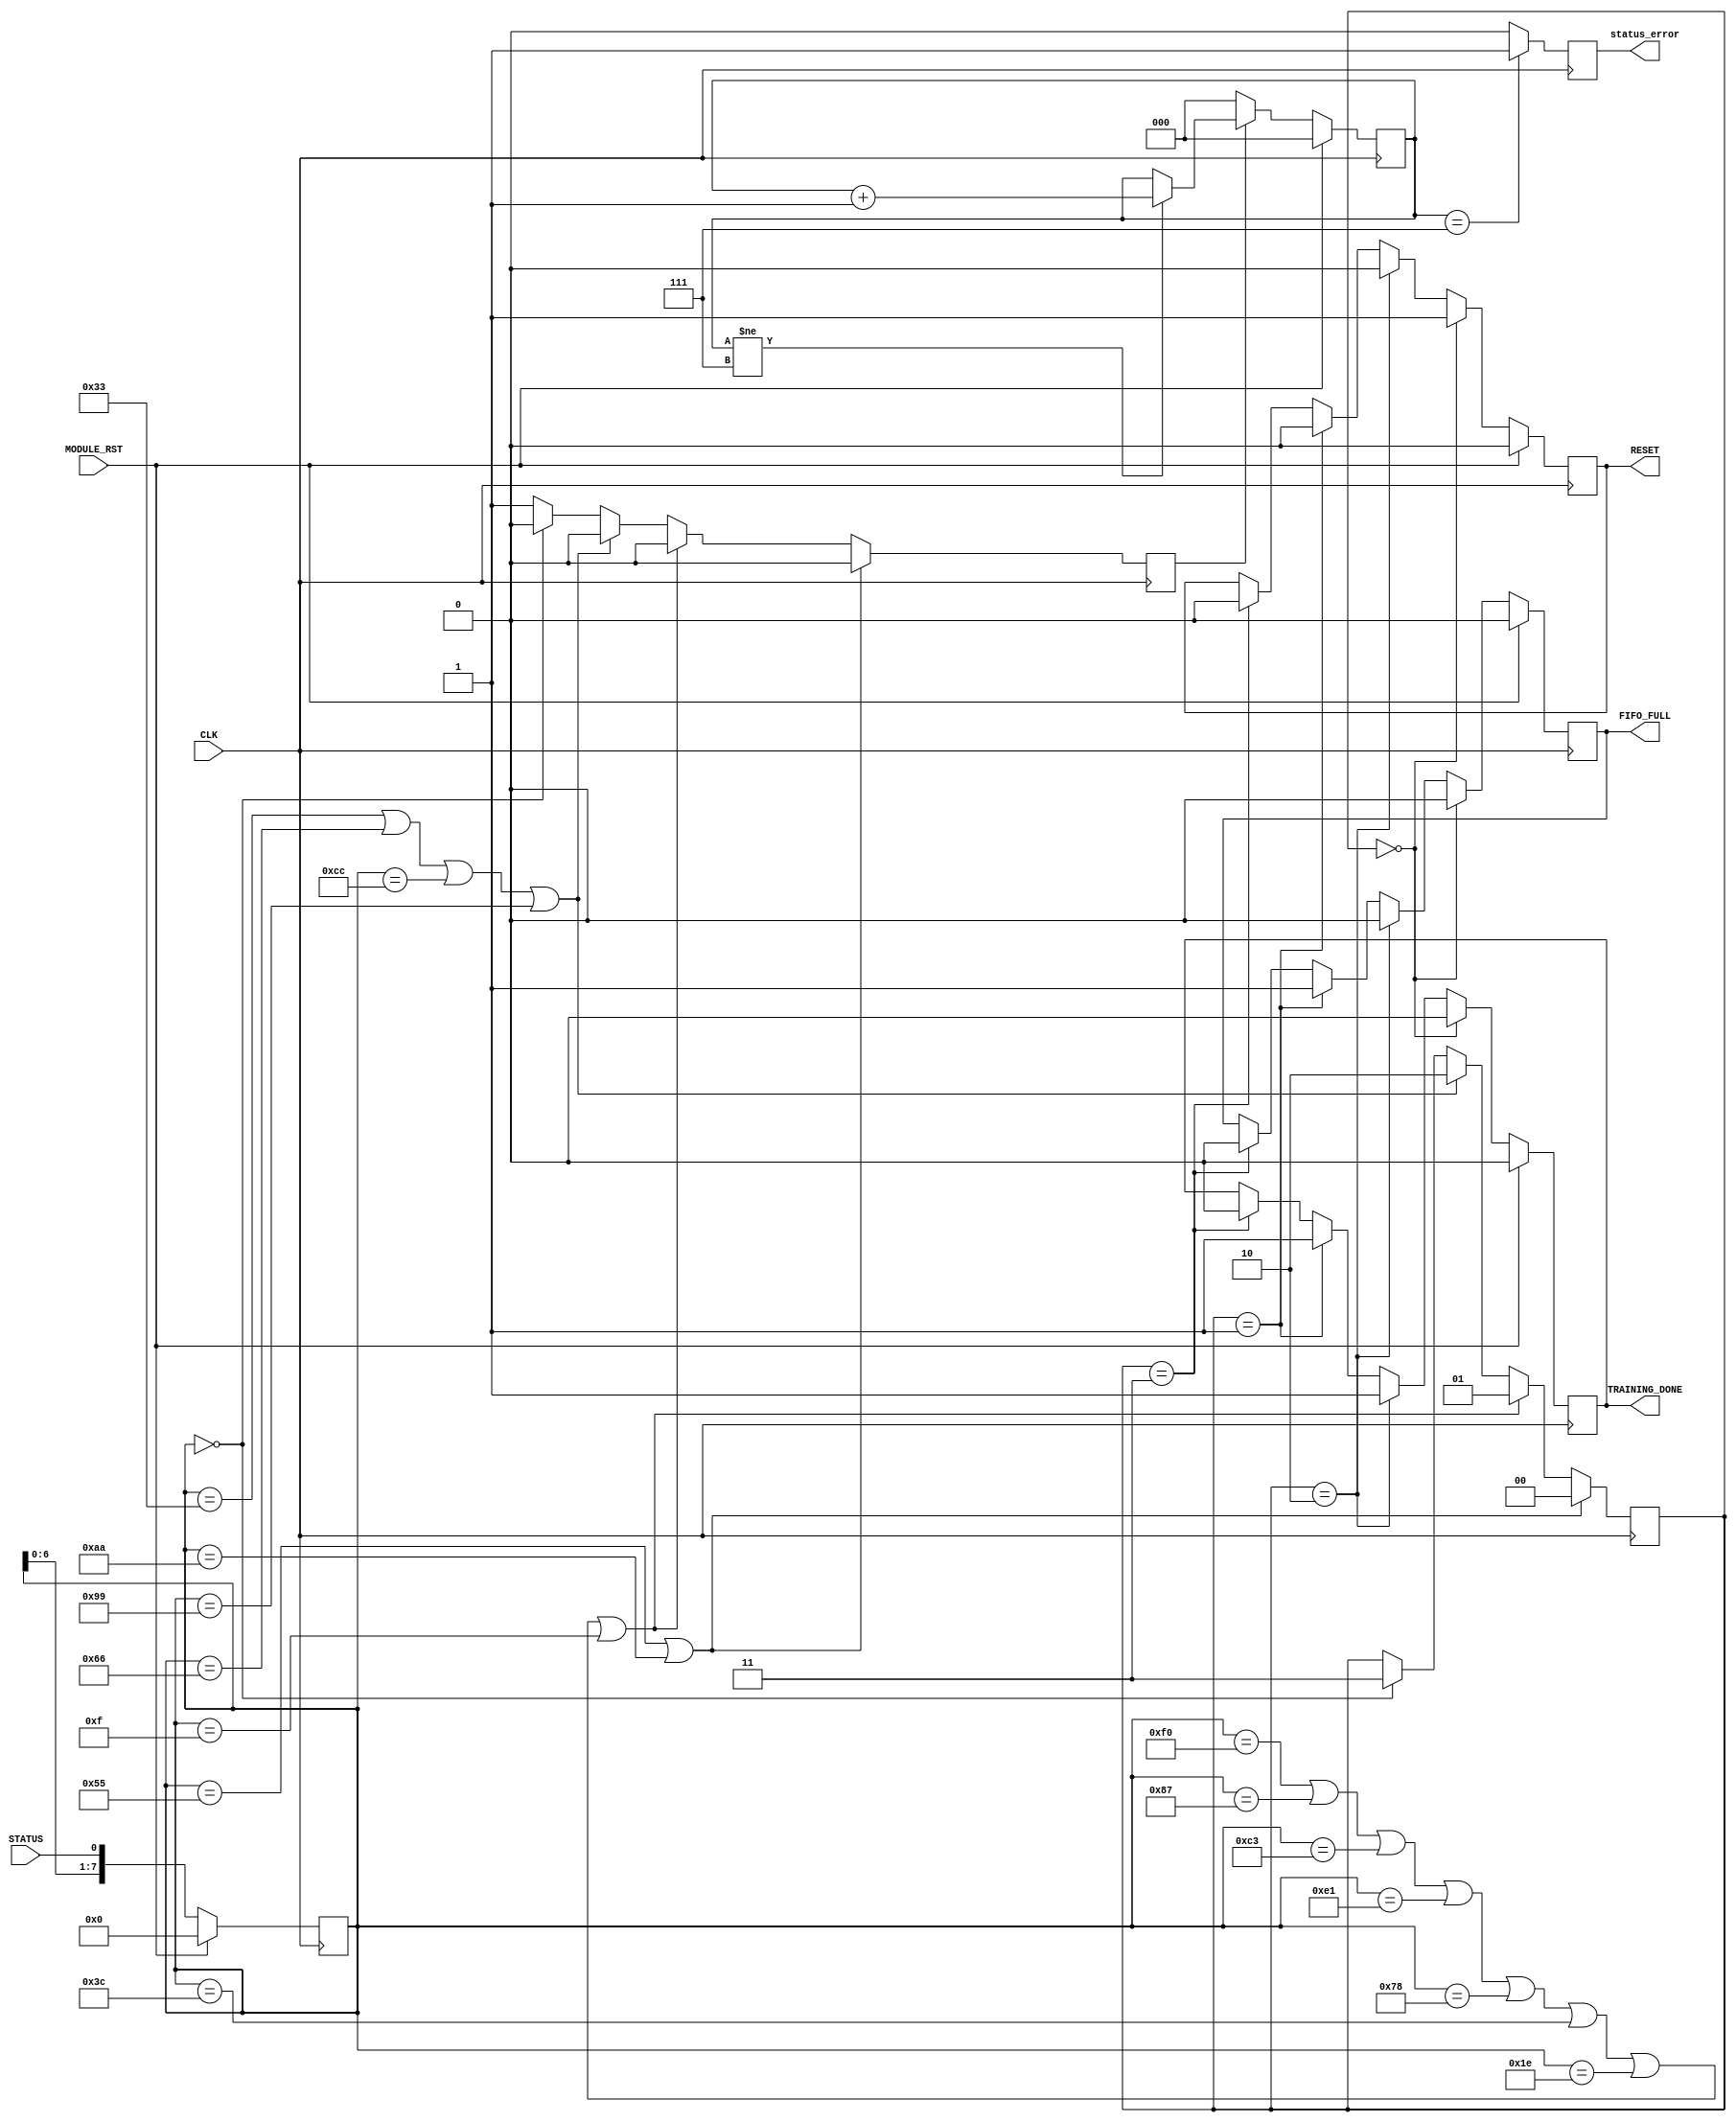
module RCB_FRL_STATUS_IN(	
	input CLK,
	input MODULE_RST,
	output reg		RESET,				
	output reg		FIFO_FULL,			
	output reg		TRAINING_DONE,		
	input STATUS,
	output reg		status_error		
							);
	reg			IDLE_RESET;
	reg			IDLE_FLAG;					
	reg			ambiguity;			
	reg [2:0]		error_cnt;
	reg	[7:0] shift_reg;
	parameter RST = 2'b00;
	parameter FULL = 2'b01;
	parameter DONE = 2'b10;
	parameter IDLE = 2'b11;
	reg	[1:0] INT_SAT;
	always @ ( negedge CLK ) begin
		if ( MODULE_RST == 1'b1 ) begin
			shift_reg <= 8'h00;
		end
		else begin
			shift_reg <= {shift_reg[6:0], STATUS};
		end
	end
	always @ ( negedge CLK ) begin
		ambiguity <= 1'b0;
		if ( shift_reg == 8'h55 | shift_reg == 8'hAA) begin
			INT_SAT <= RST;
		end
		else if ( shift_reg == 8'hF0 | shift_reg == 8'h87 | shift_reg == 8'hC3 | shift_reg == 8'hE1 | shift_reg == 8'h78 | shift_reg == 8'h3C | shift_reg == 8'h1E | shift_reg == 8'h0F ) begin
			INT_SAT <= FULL;
		end
		else if ( shift_reg == 8'h33 | shift_reg == 8'h66 | shift_reg == 8'hCC | shift_reg == 8'h99 ) begin
			INT_SAT <= DONE;
		end
		else if ( shift_reg == 8'h00) begin
			INT_SAT <= IDLE;
		end
		else begin
			INT_SAT <= INT_SAT;
			ambiguity <= 1'b1;
		end
	end
	always@ (negedge CLK) begin
		if (MODULE_RST) begin
			error_cnt <= 3'b000;
		end else if(ambiguity) begin
			if (error_cnt != 3'b111)
				error_cnt <= error_cnt + 3'b001;
			else
				error_cnt <= error_cnt;
		end else begin
			error_cnt <= 3'b000;
		end
	end
	always@ (negedge CLK) begin
		status_error <= (error_cnt == 3'b111) ? 1'b1 : 1'b0;
	end
	always @ (posedge CLK) begin
		if ( MODULE_RST == 1'b1 ) begin
			RESET <= 1'b0;
			TRAINING_DONE <= 1'b0;
			FIFO_FULL <= 1'b0;
			IDLE_RESET <= 0;
			IDLE_FLAG <= 0;
		end
		else if ( INT_SAT == RST) begin
			RESET <= 1'b1;
			TRAINING_DONE <= 1'b0;
			FIFO_FULL <= 1'b0;
			IDLE_RESET <= 0;
			IDLE_FLAG <= 0;
		end
		else if ( INT_SAT == DONE ) begin
			TRAINING_DONE <= 1'b1;
			FIFO_FULL <= 1'b0;
			RESET <= 1'b0;
			IDLE_RESET <= 0;
			IDLE_FLAG <= 0;
		end
		else if ( INT_SAT == FULL ) begin
			RESET <= 1'b0;
			FIFO_FULL <= 1'b1;
			TRAINING_DONE <= 1'b1;
			IDLE_RESET <= 0;
			IDLE_FLAG <= 0;
		end
		else if ( INT_SAT == IDLE ) begin
			if(IDLE_FLAG == 0)					
			begin
				IDLE_FLAG <= 1;
				IDLE_RESET <= 1;
			end
			else
			begin
				IDLE_RESET <= 0;
			end
			RESET <= 1'b0;
			FIFO_FULL <= 1'b0;
			TRAINING_DONE <= 1'b0;
		end
	end
endmodule